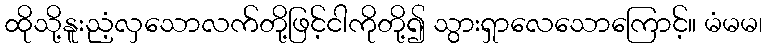
ထိုသို့နူးညံ့လှသောလက်တို့ဖြင့်ငါကိုတို့၍ သွားရှာလေသောကြောင့်။ မံမမ၊